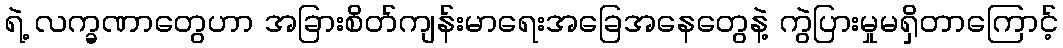
ရဲ့ လက္ခဏာတွေဟာ အခြားစိတ်ကျန်းမာရေးအခြေအနေတွေနဲ့ ကွဲပြားမှုမရှိတာကြောင့်